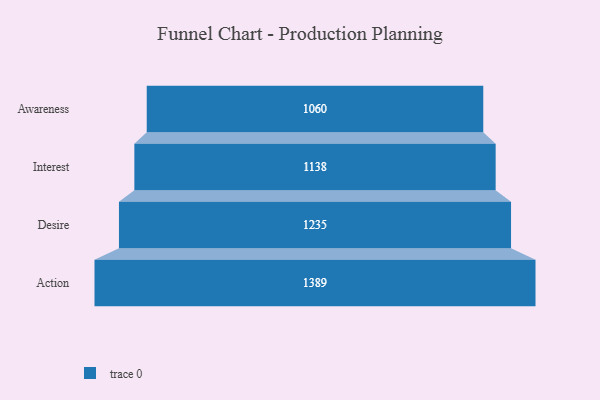
{"axis": {"x": "Stage", "y": "Value"}, "legend": [""], "data": [{"x": "Awareness", "y": 1060.0, "type": ""}, {"x": "Interest", "y": 1138.0, "type": ""}, {"x": "Desire", "y": 1235.0, "type": ""}, {"x": "Action", "y": 1389.0, "type": ""}]}